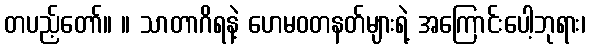
တပည့်တော်။ ။ သာတာဂိရနဲ့ ဟေမဝတနတ်များရဲ့ အကြောင်းပေါ့ဘုရား၊